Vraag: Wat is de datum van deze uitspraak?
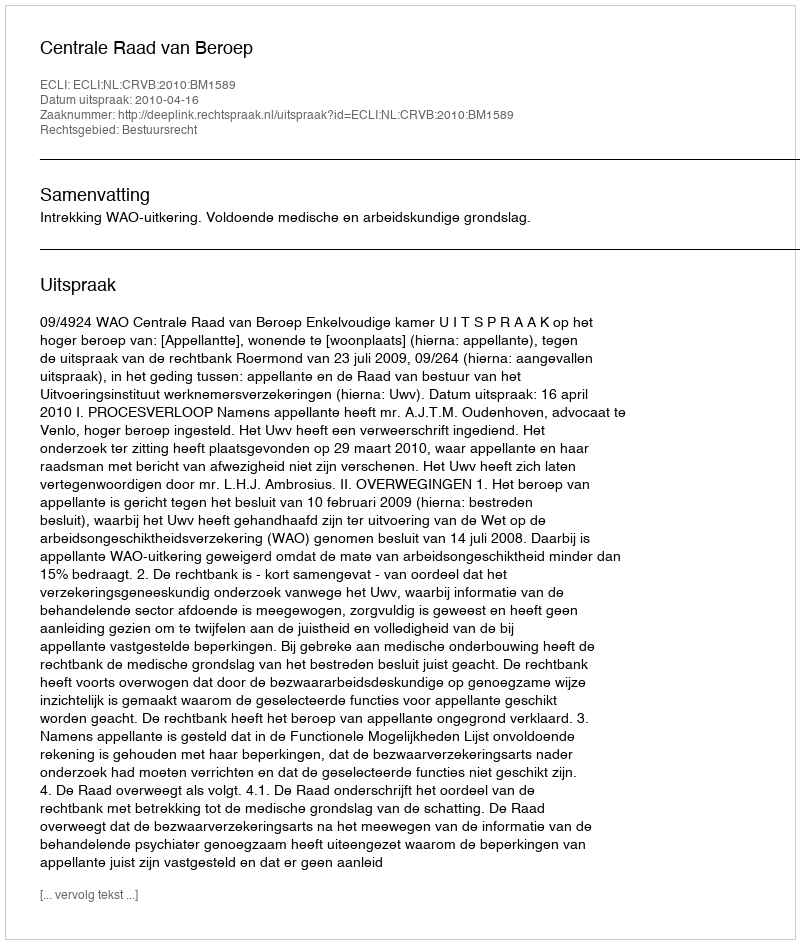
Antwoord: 2010-04-16